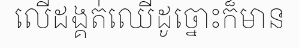
លើដង្គត់ឈើដូច្នោះក៏មាន